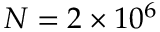
N = 2 \times 1 0 ^ { 6 }